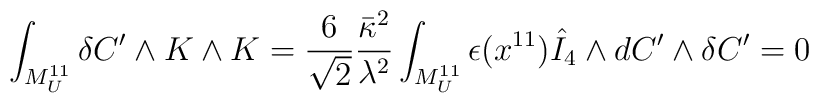
\int_{M^{11}_U} \delta C' \wedge K \wedge K = \frac{6}{\sqrt{2}} \frac{\bar{\kappa}^2}{\lambda^2} \int_{M^{11}_U} \epsilon(x^{11}) \hat{I}_4 \wedge dC' \wedge \delta C' = 0